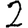
Digit: 2